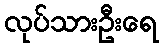
လုပ်သားဦးရေ